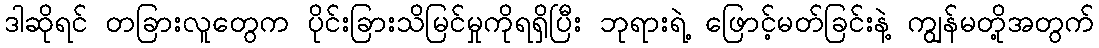
ဒါဆိုရင် တခြားလူတွေက ပိုင်းခြားသိမြင်မှုကိုရရှိပြီး ဘုရားရဲ့ ဖြောင့်မတ်ခြင်းနဲ့ ကျွန်မတို့အတွက်